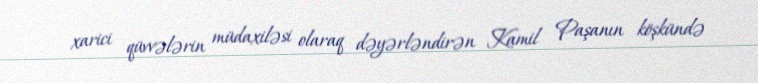
xarici qüvvələrin müdaxiləsi olaraq dəyərləndirən Kamil Paşanın köşkündə